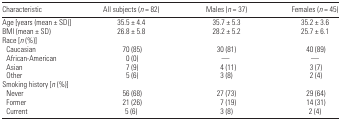
<table><thead><tr><td><b>Characteristic</b></td><td><b>All subjects (<i>n</i> = 82)</b></td><td><b>Males (<i>n</i> = 37)</b></td><td><b>Females (<i>n</i> = 45)</b></td></tr></thead><tbody><tr><td>Age [years (mean ± SD)]</td><td>35.5 ± 4.4</td><td>35.7 ± 5.3</td><td>35.2 ± 3.6</td></tr><tr><td>BMI (mean ± SD)</td><td>26.8 ± 5.8</td><td>28.2 ± 5.2</td><td>25.7 ± 6.1</td></tr><tr><td colspan="4">Race [<i>n</i> (%)]</td></tr><tr><td> Caucasian</td><td>70 (85)</td><td>30 (81)</td><td>40 (89)</td></tr><tr><td> African-American</td><td>0 (0)</td><td>—</td><td>—</td></tr><tr><td> Asian</td><td>7 (9)</td><td>4 (11)</td><td>3 (7)</td></tr><tr><td> Other</td><td>5 (6)</td><td>3 (8)</td><td>2 (4)</td></tr><tr><td colspan="4">Smoking history [<i>n</i> (%)]</td></tr><tr><td> Never</td><td>56 (68)</td><td>27 (73)</td><td>29 (64)</td></tr><tr><td> Former</td><td>21 (26)</td><td>7 (19)</td><td>14 (31)</td></tr><tr><td> Current</td><td>5 (6)</td><td>3 (8)</td><td>2 (4)</td></tr></tbody></table>